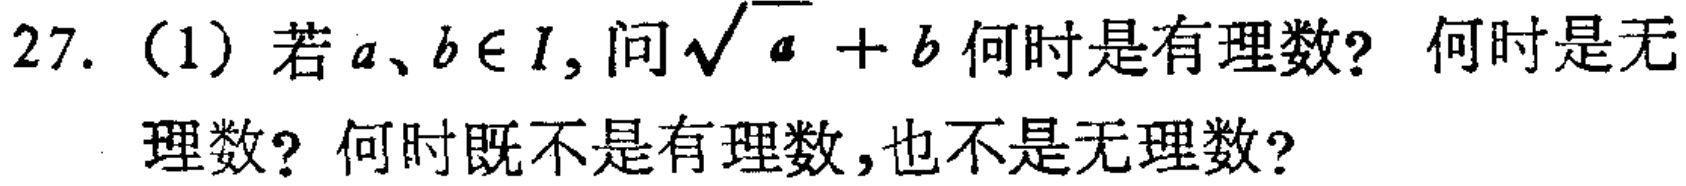
27. (1) 若\(a、b\in I\)，问\(\sqrt{a} + b\)何时是有理数？何时是无理数？何时既不是有理数，也不是无理数？